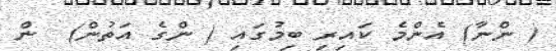
( ންނާ) އެންމެ ކައިރި ބިމުގައި ( ންގެ އަތުން)  ން